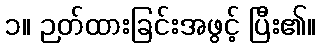
၁။ ဉတ်ထားခြင်းအဖွင့် ပြီး၏။